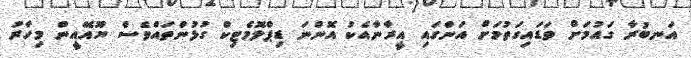
އަނބުރާ ގައުމަށް ވަޑައިގަތުމަށް އަންގައި އީރާނާއެކު އޮންނަ ޑިޕްލޮމެޓިކް ގުޅުންތައްވެސް ޔޫއޭއީން މިހާރު